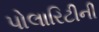
પોલારિટીની